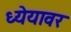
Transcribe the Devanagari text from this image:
ध्येयावर